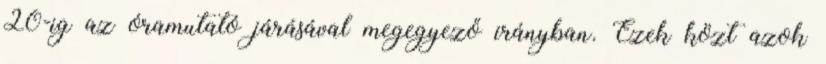
20-ig az óramutató járásával megegyező irányban. Ezek közt azok